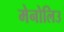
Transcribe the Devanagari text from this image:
मेनोलिउ